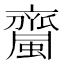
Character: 𧓉